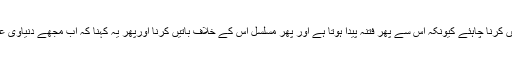
ٹھیک ہے، فیصلہ غلط ہوسکتا ہے لیکن فیصلہ کرنے والے کی نیت پر شبہ نہیں کرنا چاہئے کیونکہ اس سے پھر فتنہ پیدا ہوتا ہے اور پھر مسلسل اس کے خلاف باتیں کرنا اورپھر یہ کہنا کہ اب مجھے دنیاوی عدالتوں میں بھی جانے کی اجازت دی جائے تو یہ ایک مومن کی شان نہیں ہے۔